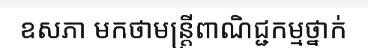
ឧសភា មកថាមន្ត្រីពាណិជ្ជកម្មថ្នាក់